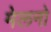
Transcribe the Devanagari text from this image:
मेलनो